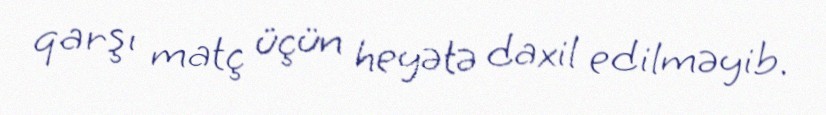
qarşı matç üçün heyətə daxil edilməyib.